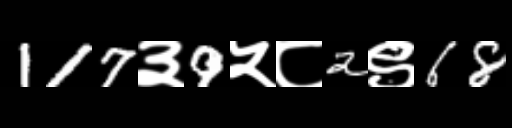
Text: 117३9५८2९68